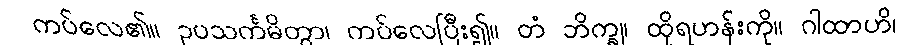
ကပ်လေ၏။ ဥပသင်္ကမိတွာ၊ ကပ်လေပြီး၍။ တံ ဘိက္ခု၊ ထိုရဟန်းကို။ ဂါထာဟိ၊